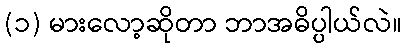
(၁) မားလော့ဆိုတာ ဘာအဓိပ္ပါယ်လဲ။